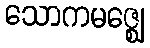
သောကမဇ္ဈေ